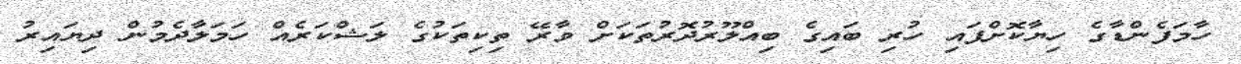
ހާމަފެންޑާގެ ހިޔާކޮށްފައި ހުރި ބައިގެ ބިއްލޫރުދޮރުތަކަށް ވާރޭ ތިކިތަކުގެ ލަޝްކަރެއް ހަމަލާދެމުން ދިޔައިރު